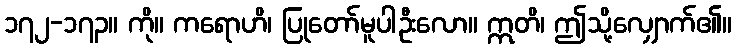
၁၇၂-၁၇၃။ ကို။ ကရောဟိ၊ ပြုတော်မူပါဦးလော။ ဣတိ၊ ဤသို့လျှောက်၏။